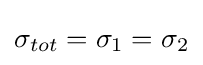
\sigma _{tot}=\sigma _{1}=\sigma _{2}